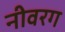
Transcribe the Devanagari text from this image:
नीवरग